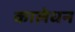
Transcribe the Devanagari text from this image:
कालेधन